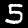
Digit: 5